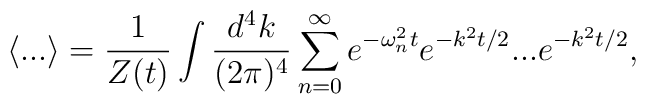
\langle ...\rangle=\frac{1}{Z(t)}\int \frac{d^{4}k}{(2\pi)^{4}}	\sum_{n=0}^\infty e^{-\omega_{n}^{2}t}e^{-k^{2}t/2}...e^{-k^{2}t/2},